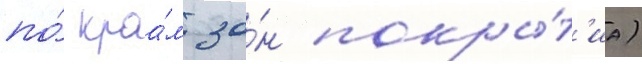
по́ краа́м зо́н покры́т'иа)